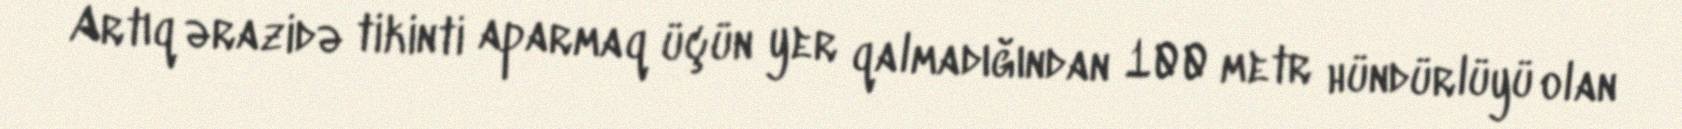
Artıq ərazidə tikinti aparmaq üçün yer qalmadığından 100 metr hündürlüyü olan